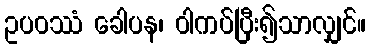
ဥပဝဿံ ခေါပန၊ ဝါကပ်ပြီး၍သာလျှင်။